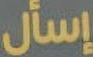
إسأل